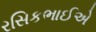
રસિકભાઈએ